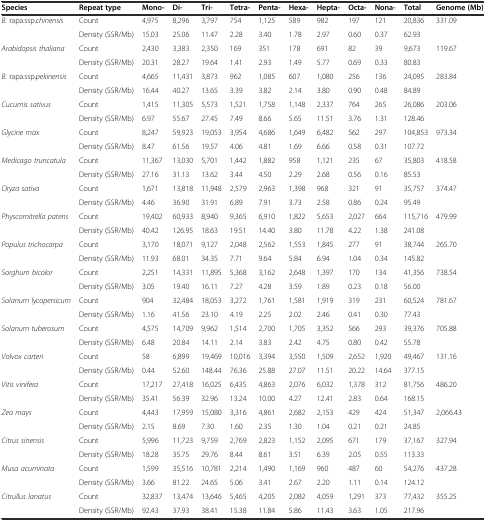
<table><thead><tr><td><b>Species</b></td><td><b>Repeat type</b></td><td><b>Mono-</b></td><td><b>Di-</b></td><td><b>Tri-</b></td><td><b>Tetra-</b></td><td><b>Penta-</b></td><td><b>Hexa-</b></td><td><b>Hepta-</b></td><td><b>Octa-</b></td><td><b>Nona-</b></td><td><b>Total</b></td><td><b>Genome (Mb)</b></td></tr></thead><tbody><tr><td rowspan="2"><i>B.</i> rapa.ssp.<i>chinensis</i></td><td>Count</td><td>4,975</td><td>8,296</td><td>3,797</td><td>754</td><td>1,125</td><td>589</td><td>982</td><td>197</td><td>121</td><td>20,836</td><td rowspan="2">331.09</td></tr><tr><td>Density (SSR/Mb)</td><td>15.03</td><td>25.06</td><td>11.47</td><td>2.28</td><td>3.40</td><td>1.78</td><td>2.97</td><td>0.60</td><td>0.37</td><td>62.93</td></tr><tr><td rowspan="2"><i>Arabidopsis thaliana</i></td><td>Count</td><td>2,430</td><td>3,383</td><td>2,350</td><td>169</td><td>351</td><td>178</td><td>691</td><td>82</td><td>39</td><td>9,673</td><td rowspan="2">119.67</td></tr><tr><td>Density (SSR/Mb)</td><td>20.31</td><td>28.27</td><td>19.64</td><td>1.41</td><td>2.93</td><td>1.49</td><td>5.77</td><td>0.69</td><td>0.33</td><td>80.83</td></tr><tr><td rowspan="2"><i>B.</i> rapa.ssp.<i>pekinensis</i></td><td>Count</td><td>4,665</td><td>11,431</td><td>3,873</td><td>962</td><td>1,085</td><td>607</td><td>1,080</td><td>256</td><td>136</td><td>24,095</td><td rowspan="2">283.84</td></tr><tr><td>Density (SSR/Mb)</td><td>16.44</td><td>40.27</td><td>13.65</td><td>3.39</td><td>3.82</td><td>2.14</td><td>3.80</td><td>0.90</td><td>0.48</td><td>84.89</td></tr><tr><td rowspan="2"><i>Cucumis sativus</i></td><td>Count</td><td>1,415</td><td>11,305</td><td>5,573</td><td>1,521</td><td>1,758</td><td>1,148</td><td>2,337</td><td>764</td><td>265</td><td>26,086</td><td rowspan="2">203.06</td></tr><tr><td>Density (SSR/Mb)</td><td>6.97</td><td>55.67</td><td>27.45</td><td>7.49</td><td>8.66</td><td>5.65</td><td>11.51</td><td>3.76</td><td>1.31</td><td>128.46</td></tr><tr><td rowspan="2"><i>Glycine max</i></td><td>Count</td><td>8,247</td><td>59,923</td><td>19,053</td><td>3,954</td><td>4,686</td><td>1,649</td><td>6,482</td><td>562</td><td>297</td><td>104,853</td><td rowspan="2">973.34</td></tr><tr><td>Density (SSR/Mb)</td><td>8.47</td><td>61.56</td><td>19.57</td><td>4.06</td><td>4.81</td><td>1.69</td><td>6.66</td><td>0.58</td><td>0.31</td><td>107.72</td></tr><tr><td rowspan="2"><i>Medicago truncatula</i></td><td>Count</td><td>11,367</td><td>13,030</td><td>5,701</td><td>1,442</td><td>1,882</td><td>958</td><td>1,121</td><td>235</td><td>67</td><td>35,803</td><td rowspan="2">418.58</td></tr><tr><td>Density (SSR/Mb)</td><td>27.16</td><td>31.13</td><td>13.62</td><td>3.44</td><td>4.50</td><td>2.29</td><td>2.68</td><td>0.56</td><td>0.16</td><td>85.53</td></tr><tr><td rowspan="2"><i>Oryza sativa</i></td><td>Count</td><td>1,671</td><td>13,818</td><td>11,948</td><td>2,579</td><td>2,963</td><td>1,398</td><td>968</td><td>321</td><td>91</td><td>35,757</td><td rowspan="2">374.47</td></tr><tr><td>Density (SSR/Mb)</td><td>4.46</td><td>36.90</td><td>31.91</td><td>6.89</td><td>7.91</td><td>3.73</td><td>2.58</td><td>0.86</td><td>0.24</td><td>95.49</td></tr><tr><td rowspan="2"><i>Physcomitrella patens</i></td><td>Count</td><td>19,402</td><td>60,933</td><td>8,940</td><td>9,365</td><td>6,910</td><td>1,822</td><td>5,653</td><td>2,027</td><td>664</td><td>115,716</td><td rowspan="2">479.99</td></tr><tr><td>Density (SSR/Mb)</td><td>40.42</td><td>126.95</td><td>18.63</td><td>19.51</td><td>14.40</td><td>3.80</td><td>11.78</td><td>4.22</td><td>1.38</td><td>241.08</td></tr><tr><td rowspan="2"><i>Populus trichocarpa</i></td><td>Count</td><td>3,170</td><td>18,071</td><td>9,127</td><td>2,048</td><td>2,562</td><td>1,553</td><td>1,845</td><td>277</td><td>91</td><td>38,744</td><td rowspan="2">265.70</td></tr><tr><td>Density (SSR/Mb)</td><td>11.93</td><td>68.01</td><td>34.35</td><td>7.71</td><td>9.64</td><td>5.84</td><td>6.94</td><td>1.04</td><td>0.34</td><td>145.82</td></tr><tr><td rowspan="2"><i>Sorghum bicolor</i></td><td>Count</td><td>2,251</td><td>14,331</td><td>11,895</td><td>5,368</td><td>3,162</td><td>2,648</td><td>1,397</td><td>170</td><td>134</td><td>41,356</td><td rowspan="2">738.54</td></tr><tr><td>Density (SSR/Mb)</td><td>3.05</td><td>19.40</td><td>16.11</td><td>7.27</td><td>4.28</td><td>3.59</td><td>1.89</td><td>0.23</td><td>0.18</td><td>56.00</td></tr><tr><td rowspan="2"><i>Solanum lycopersicum</i></td><td>Count</td><td>904</td><td>32,484</td><td>18,053</td><td>3,272</td><td>1,761</td><td>1,581</td><td>1,919</td><td>319</td><td>231</td><td>60,524</td><td rowspan="2">781.67</td></tr><tr><td>Density (SSR/Mb)</td><td>1.16</td><td>41.56</td><td>23.10</td><td>4.19</td><td>2.25</td><td>2.02</td><td>2.46</td><td>0.41</td><td>0.30</td><td>77.43</td></tr><tr><td rowspan="2"><i>Solanum tuberosum</i></td><td>Count</td><td>4,575</td><td>14,709</td><td>9,962</td><td>1,514</td><td>2,700</td><td>1,705</td><td>3,352</td><td>566</td><td>293</td><td>39,376</td><td rowspan="2">705.88</td></tr><tr><td>Density (SSR/Mb)</td><td>6.48</td><td>20.84</td><td>14.11</td><td>2.14</td><td>3.83</td><td>2.42</td><td>4.75</td><td>0.80</td><td>0.42</td><td>55.78</td></tr><tr><td rowspan="2"><i>Volvox carteri</i></td><td>Count</td><td>58</td><td>6,899</td><td>19,469</td><td>10,016</td><td>3,394</td><td>3,550</td><td>1,509</td><td>2,652</td><td>1,920</td><td>49,467</td><td rowspan="2">131.16</td></tr><tr><td>Density (SSR/Mb)</td><td>0.44</td><td>52.60</td><td>148.44</td><td>76.36</td><td>25.88</td><td>27.07</td><td>11.51</td><td>20.22</td><td>14.64</td><td>377.15</td></tr><tr><td rowspan="2"><i>Vitis vinifera</i></td><td>Count</td><td>17,217</td><td>27,418</td><td>16,025</td><td>6,435</td><td>4,863</td><td>2,076</td><td>6,032</td><td>1,378</td><td>312</td><td>81,756</td><td rowspan="2">486.20</td></tr><tr><td>Density (SSR/Mb)</td><td>35.41</td><td>56.39</td><td>32.96</td><td>13.24</td><td>10.00</td><td>4.27</td><td>12.41</td><td>2.83</td><td>0.64</td><td>168.15</td></tr><tr><td rowspan="2"><i>Zea mays</i></td><td>Count</td><td>4,443</td><td>17,959</td><td>15,080</td><td>3,316</td><td>4,861</td><td>2,682</td><td>2,153</td><td>429</td><td>424</td><td>51,347</td><td rowspan="2">2,066.43</td></tr><tr><td>Density (SSR/Mb)</td><td>2.15</td><td>8.69</td><td>7.30</td><td>1.60</td><td>2.35</td><td>1.30</td><td>1.04</td><td>0.21</td><td>0.21</td><td>24.85</td></tr><tr><td rowspan="2"><i>Citrus sinensis</i></td><td>Count</td><td>5,996</td><td>11,723</td><td>9,759</td><td>2,769</td><td>2,823</td><td>1,152</td><td>2,095</td><td>671</td><td>179</td><td>37,167</td><td rowspan="2">327.94</td></tr><tr><td>Density (SSR/Mb)</td><td>18.28</td><td>35.75</td><td>29.76</td><td>8.44</td><td>8.61</td><td>3.51</td><td>6.39</td><td>2.05</td><td>0.55</td><td>113.33</td></tr><tr><td rowspan="2"><i>Musa acuminata</i></td><td>Count</td><td>1,599</td><td>35,516</td><td>10,781</td><td>2,214</td><td>1,490</td><td>1,169</td><td>960</td><td>487</td><td>60</td><td>54,276</td><td rowspan="2">437.28</td></tr><tr><td>Density (SSR/Mb)</td><td>3.66</td><td>81.22</td><td>24.65</td><td>5.06</td><td>3.41</td><td>2.67</td><td>2.20</td><td>1.11</td><td>0.14</td><td>124.12</td></tr><tr><td rowspan="2"><i>Citrullus lanatus</i></td><td>Count</td><td>32,837</td><td>13,474</td><td>13,646</td><td>5,465</td><td>4,205</td><td>2,082</td><td>4,059</td><td>1,291</td><td>373</td><td>77,432</td><td rowspan="2">355.25</td></tr><tr><td>Density (SSR/Mb)</td><td>92.43</td><td>37.93</td><td>38.41</td><td>15.38</td><td>11.84</td><td>5.86</td><td>11.43</td><td>3.63</td><td>1.05</td><td>217.96</td></tr></tbody></table>